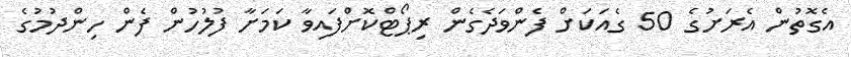
އެގޮތުން އެރަށުގެ 50 ގެއަކަށް ފެންވަދެގެން ރިޕޯޓްކޮށްފައިވާ ކަމަށާ ފުލުހުން ފެން ހިންދުމުގެ